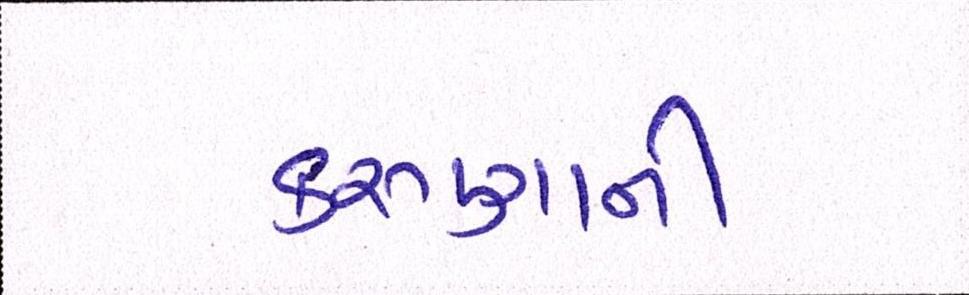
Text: કરુણાની